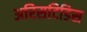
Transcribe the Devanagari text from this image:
अरिसटिडिस